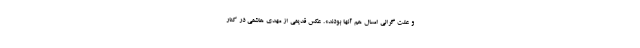
و علت گرانی امسال هم آنها بودند». عکس قدیمی از مهدی هاشمی در کنار